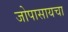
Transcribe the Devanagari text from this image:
जोपासायचा